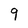
Character: 9